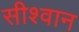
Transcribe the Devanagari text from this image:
सीश्वान